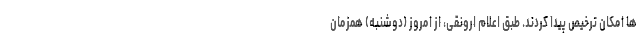
ها امکان ترخیص پیدا کردند. طبق اعلام ارونقی، از امروز (دوشنبه) همزمان